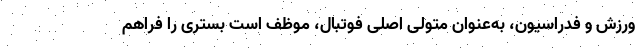
ورزش و فدراسیون، به‌عنوان متولی اصلی فوتبال، موظف است بستری را فراهم